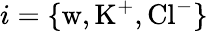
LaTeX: i=\{ \mathrm{w},\mathrm{K}^{+},\mathrm{Cl}^{-}\}